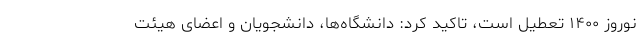
نوروز ۱۴۰۰ تعطیل است، تاکید کرد: دانشگاه‌ها، دانشجویان و اعضای هیئت